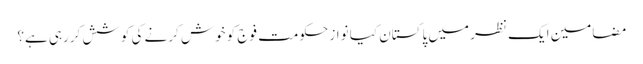
مضامین ایک نظر میں پاکستان	کیا نواز حکومت فوج کو خوش کرنے کی کوشش کررہی ہے؟